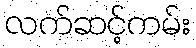
လက်ဆင့်ကမ်း